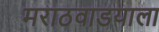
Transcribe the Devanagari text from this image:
मराठवाडयाला